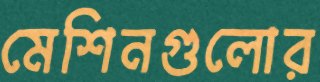
মেশিনগুলোর